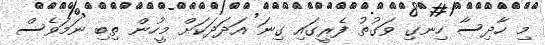
މި ހާދިސާ ހިނގި ވަގުތު ފެރީގައި ގިނަ އަދަދަކަށް މީހުން ތިބި ނަމަވެސް